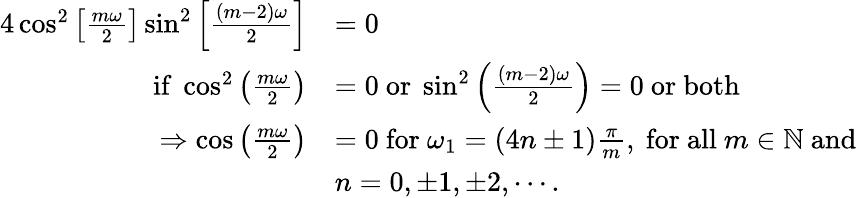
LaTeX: \begin{array}{rl}{4\cos^{2}\left[\frac{m\omega}{2}\right]\sin^{2}\left[\frac{(m-2)\omega}{2}\right]}&{=0}\\ {\mathrm{~if~}\cos^{2}\left(\frac{m\omega}{2}\right)}&{=0\mathrm{~or~}\sin^{2}\left(\frac{(m-2)\omega}{2}\right)=0\mathrm{~or~both~}}\\ {\Rightarrow\cos\left(\frac{m\omega}{2}\right)}&{=0\mathrm{~for~}\omega_{1}=(4n\pm 1)\frac{\pi}{m},\mathrm{~for~all~}m\in\mathbb{N}\mathrm{~and~}}\\ &{n=0,\pm 1,\pm 2,\cdots.}\end{array}